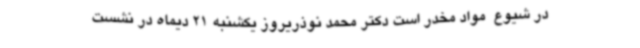
در شیوع  مواد مخدر است دکتر محمد نوذریروز یکشنبه 21 دیماه در نشست